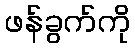
ဖန်ခွက်ကို